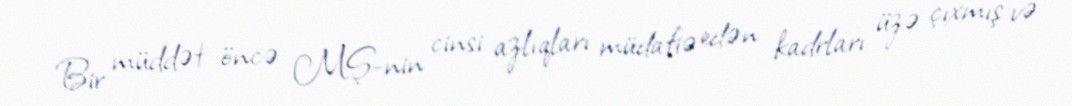
Bir müddət öncə MŞ-nin cinsi azlıqları müdafiə edən kadrları üzə çıxmış və